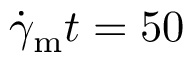
\dot { \gamma } _ { \mathrm { m } } t = 5 0